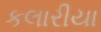
કલારીયા